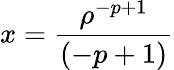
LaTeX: x={\frac{\rho^{-p+1}}{(-p+1)}}